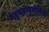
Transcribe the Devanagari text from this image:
मनुमतानुयायियों